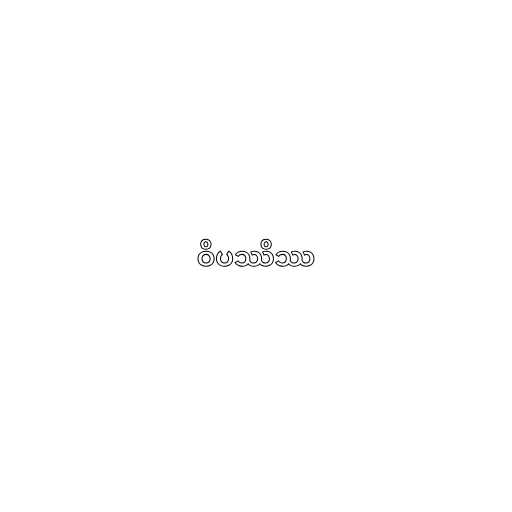
ဝိပဿိဿ